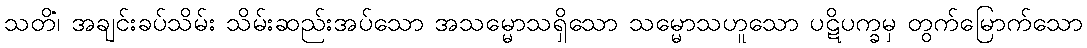
သတိံ၊ အချင်းခပ်သိမ်း သိမ်းဆည်းအပ်သော အသမ္မောသရှိသော သမ္မောသဟူသော ပဋိပက္ခမှ တွက်မြောက်သော